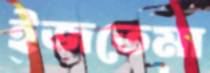
ইজতেমা